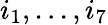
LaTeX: i_{1},...,i_{7}